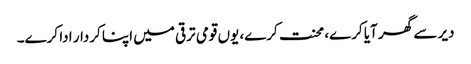
دیر سے گھر آیا کرے، محنت کرے، یوں قومی ترقی میں اپنا کردار ادا کرے۔